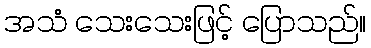
အသံ သေးသေးဖြင့် ပြောသည်။